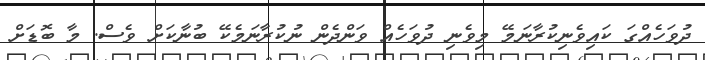
ދުވަހެއްގަ ކައިވެނިކުރާނަމޭ މިވެނި ދުވަހެއް ވަންދެން ނުކުރާނަމެކޭ ބުނާކަށް ވެސް. މާ ބޮޑަށް